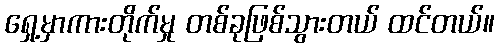
ရှေ့မှာကားတိုက်မှု တစ်ခုဖြစ်သွားတယ် ထင်တယ်။